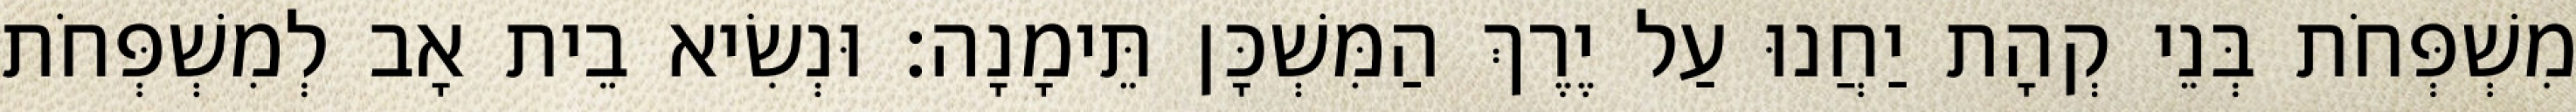
מִשְׁפְּחֹת בְּנֵי קְהָת יַחֲנוּ עַל יֶרֶךְ הַמִּשְׁכָּן תֵּימָנָה׃ וּנְשִׂיא בֵית אָב לְמִשְׁפְּחֹת